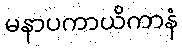
မနာပကာယိကာနံ